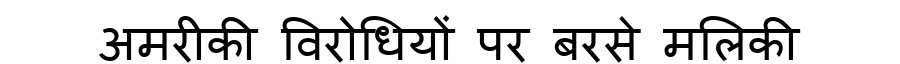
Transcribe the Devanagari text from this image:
अमरीकी विरोधियों पर बरसे मलिकी